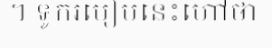
។ ទូករបៀបនេះហៅថា